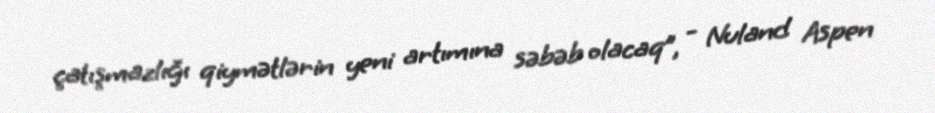
çatışmazlığı qiymətlərin yeni artımına səbəb olacaq”, - Nuland Aspen